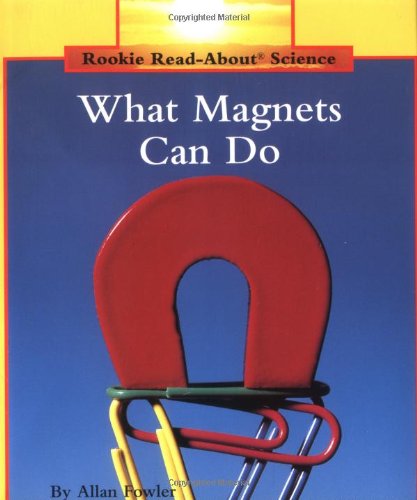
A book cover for What Magnets Can Do (Rookie Read-About Science); Allan Fowler; Children's Books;